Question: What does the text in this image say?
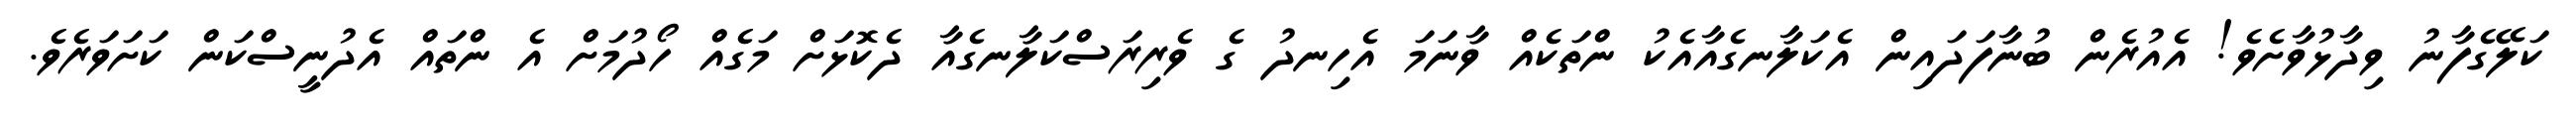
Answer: ކަލޭގެފާނު ވިދާޅުވާށެވެ! އެއުރެން ބުނާފަދައިން އެކަލާނގެއާއެކު ންތަކެއް ވާނަމަ އެހިނދު ގެ ވެރިރަސްކަލާނގެއާ ދެކޮޅަށް މަގެއް ހޯދުމަށް އެ ންތައް އެދުނީސްކަން ކަށަވަރެވެ.